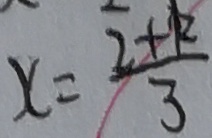
x = \frac { 2 + k } { 3 }